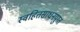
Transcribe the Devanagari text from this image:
स्वहितसाधनयुग्त